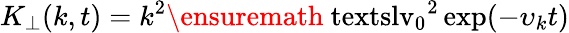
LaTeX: K_{\perp}(k,t)=k^{2}\ensuremath{\mathrm{\ textsl{v}}_{0}}^{2}\exp(-\upsilon_{k}t)